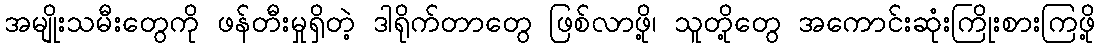
အမျိုးသမီးတွေကို ဖန်တီးမှုရှိတဲ့ ဒါရိုက်တာတွေ ဖြစ်လာဖို့၊ သူတို့တွေ အကောင်းဆုံးကြိုးစားကြဖို့